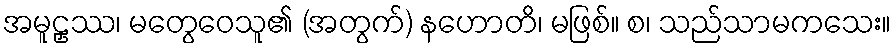
အမူဠှဿ၊ မတွေဝေသူ၏ (အတွက်) နဟောတိ၊ မဖြစ်။ စ၊ သည်သာမကသေး။